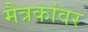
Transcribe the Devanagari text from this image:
मैत्रकांवर